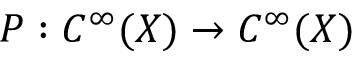
P : C ^ { \infty } ( X ) \to C ^ { \infty } ( X )